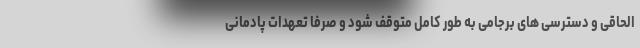
الحاقی و دسترسی های برجامی به طور کامل متوقف شود و صرفا تعهدات پادمانی